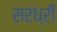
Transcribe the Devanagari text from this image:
सरंध्री